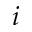
i